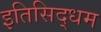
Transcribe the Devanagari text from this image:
इतिसिद्धम